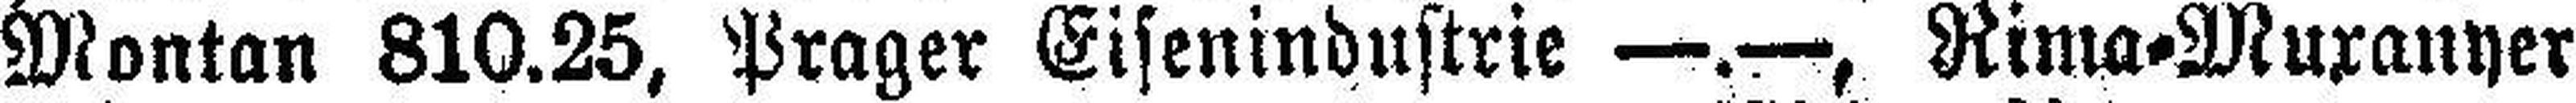
Montan 810.25, Prager Eisenindustrie —.—, Rima=Muxanyer